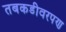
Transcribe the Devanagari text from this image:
तबकडीवरपण